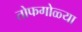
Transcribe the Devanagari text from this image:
तोफगोळ्या